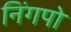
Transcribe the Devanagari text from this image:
निंगपो